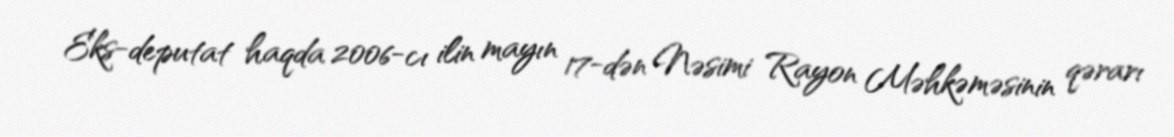
Eks-deputat haqda 2006-cı ilin mayın 17-dən Nəsimi Rayon Məhkəməsinin qərarı